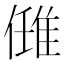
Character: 𨿂